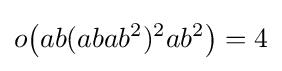
o{\bigl (}ab(abab^{2})^{2}ab^{2}{\bigr )}=4